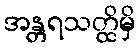
အန္တရသတ္ထိမှိ